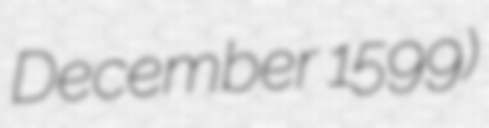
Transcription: December 1599)